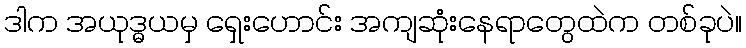
ဒါက အယုဒ္ဓယမှ ရှေးဟောင်း အကျဆုံးနေရာတွေထဲက တစ်ခုပဲ။